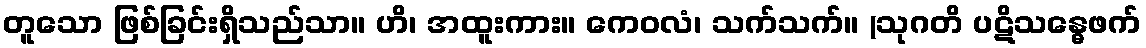
တူသော ဖြစ်ခြင်းရှိသည်သာ။ ဟိ၊ အထူးကား။ ကေဝလံ၊ သက်သက်။ (သုဂတိ ပဋိသန္ဓေဖက်